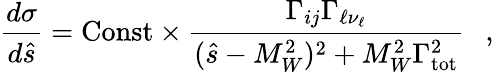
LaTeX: \frac{d\sigma}{d\hat{s}}=\mathrm{Const}\times\frac{\Gamma_{ij}\Gamma_{\ell\nu_{\ell}}}{(\hat{s}-M_{W}^{2})^{2}+M_{W}^{2}\Gamma_{\mathrm{tot}}^{2}}~~~,